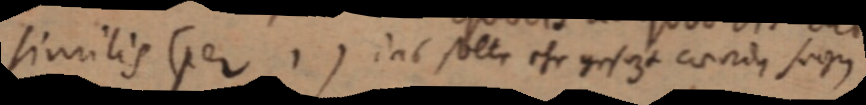
similis (per 1) _